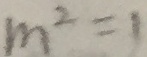
m ^ { 2 } = 1